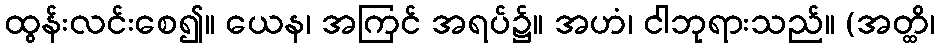
ထွန်းလင်းစေ၍။ ယေန၊ အကြင် အရပ်၌။ အဟံ၊ ငါဘုရားသည်။ (အတ္ထိ၊